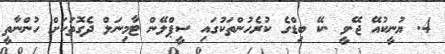
4. ޔުނީކުއޭ ޖޭ.ވީ .ކޭ ބިޑްގެ ކުރެހުންތަކުގައި ސީޕްލޭން ޓާމިނަލް ދެގޮތަކަށް ހުންނާތީ